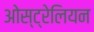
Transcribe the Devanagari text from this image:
ओस्ट्रेलियन